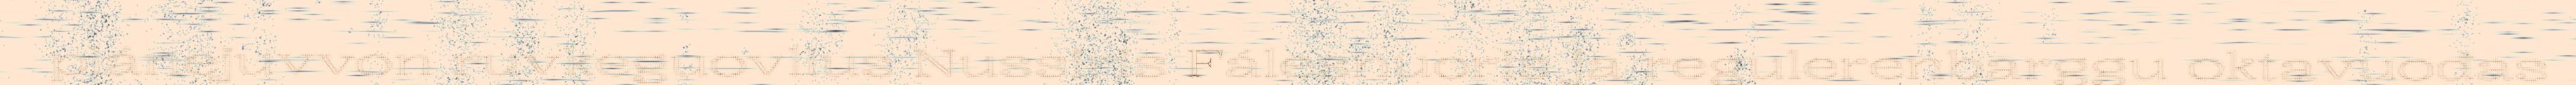
plánejuvvon ruvkeguovllus Nussiris Fálesnuoris ja regulerenbarggu oktavuođas